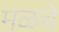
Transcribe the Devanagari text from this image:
मळचे